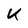
Character: U